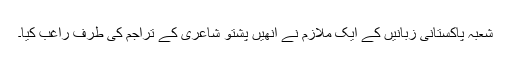
شعبہ پاکستانی زبانیں کے ایک ملازم نے انھیں پشتو شاعری کے تراجم کی طرف راغب کیا۔